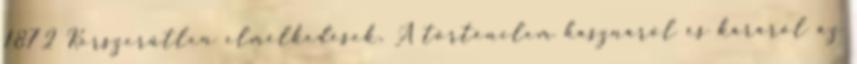
1872 Korszerűtlen elmélkedések, A történelem hasznáról és káráról az